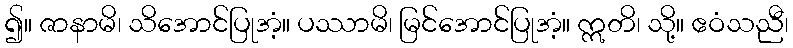
၍။ ဇာနာမိ၊ သိအောင်ပြုအံ့။ ပဿာမိ၊ မြင်အောင်ပြုအံ့။ ဣတိ၊ သို့။ ဧဝံသညီ၊